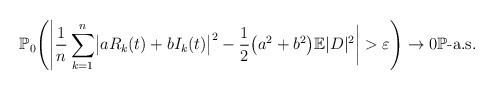
LaTeX: \begin{align*}\mathbb{P}_{0} \Biggl(\Biggl|\frac{1}{n}\sum_{k=1}^{n}\bigl|aR_{k}(t)+bI_{k}(t)\bigr|^{2}-\frac{1}{2} \bigl(a^{2}+b^{2} \bigr)\mathbb{E}|D|^{2}\biggr|> \varepsilon \Biggr)\rightarrow 0 \mathbb{P}\mbox{-a.s.}\end{align*}